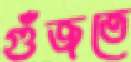
গুঁজতে